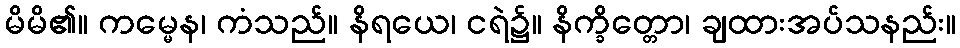
မိမိ၏။ ကမ္မေန၊ ကံသည်။ နိရယေ၊ ငရဲ၌။ နိက္ခိတ္တော၊ ချထားအပ်သနည်း။